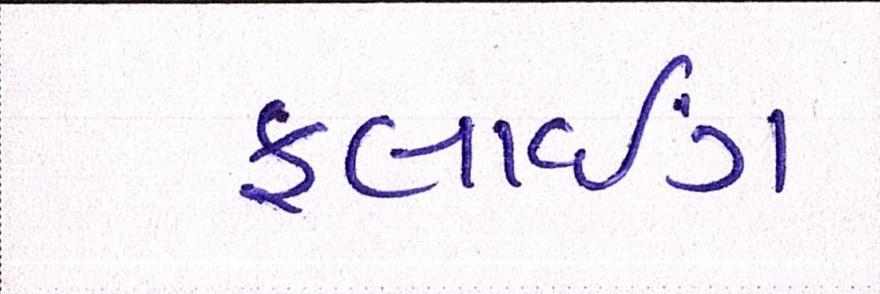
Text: ફ્લાઇંગ